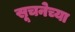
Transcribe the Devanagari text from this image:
सूचनेच्या